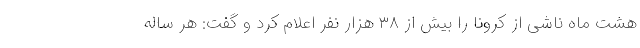
هشت ماه ناشی از کرونا را بیش از ۳۸ هزار نفر اعلام کرد و گفت: هر ساله